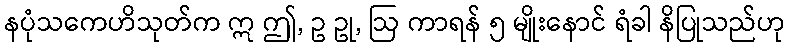
နပုံသကေဟိသုတ်က ဣ ဤ, ဥ ဥု, ဩ ကာရန် ၅ မျိုးနောင် ရံခါ နိပြုသည်ဟု